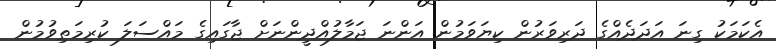
އެކަމަކު ގިނަ އަދަދެއްގެ ދަރިވަރުން ކިޔަވަމުން އަންނަ ޖަމާލުއްދީންނަށް ޖާގައިގެ މައްސަލަ ކުރިމަތިވުމުން